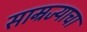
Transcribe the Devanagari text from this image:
साम्रज्याचा